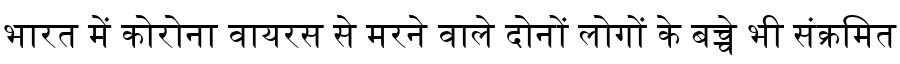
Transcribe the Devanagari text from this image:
भारत में कोरोना वायरस से मरने वाले दोनों लोगों के बच्चे भी संक्रमित